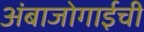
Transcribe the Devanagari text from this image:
अंबाजोगाईची